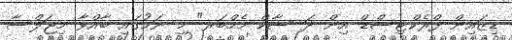
ޑިޒައިން ފްރެކްޓިސްޑް އިން ދަ ސާކް މެމްބަރ" މި ނަމުގައި ބާއްވާ މިޖަލްސާ